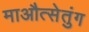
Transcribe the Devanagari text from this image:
माऔत्सेतुंग